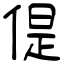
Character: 偍